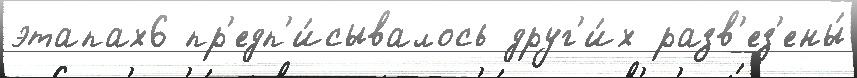
этапах6 пр'едп'и́сывалось друг'и́х разв'ез'ены́